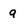
Character: a